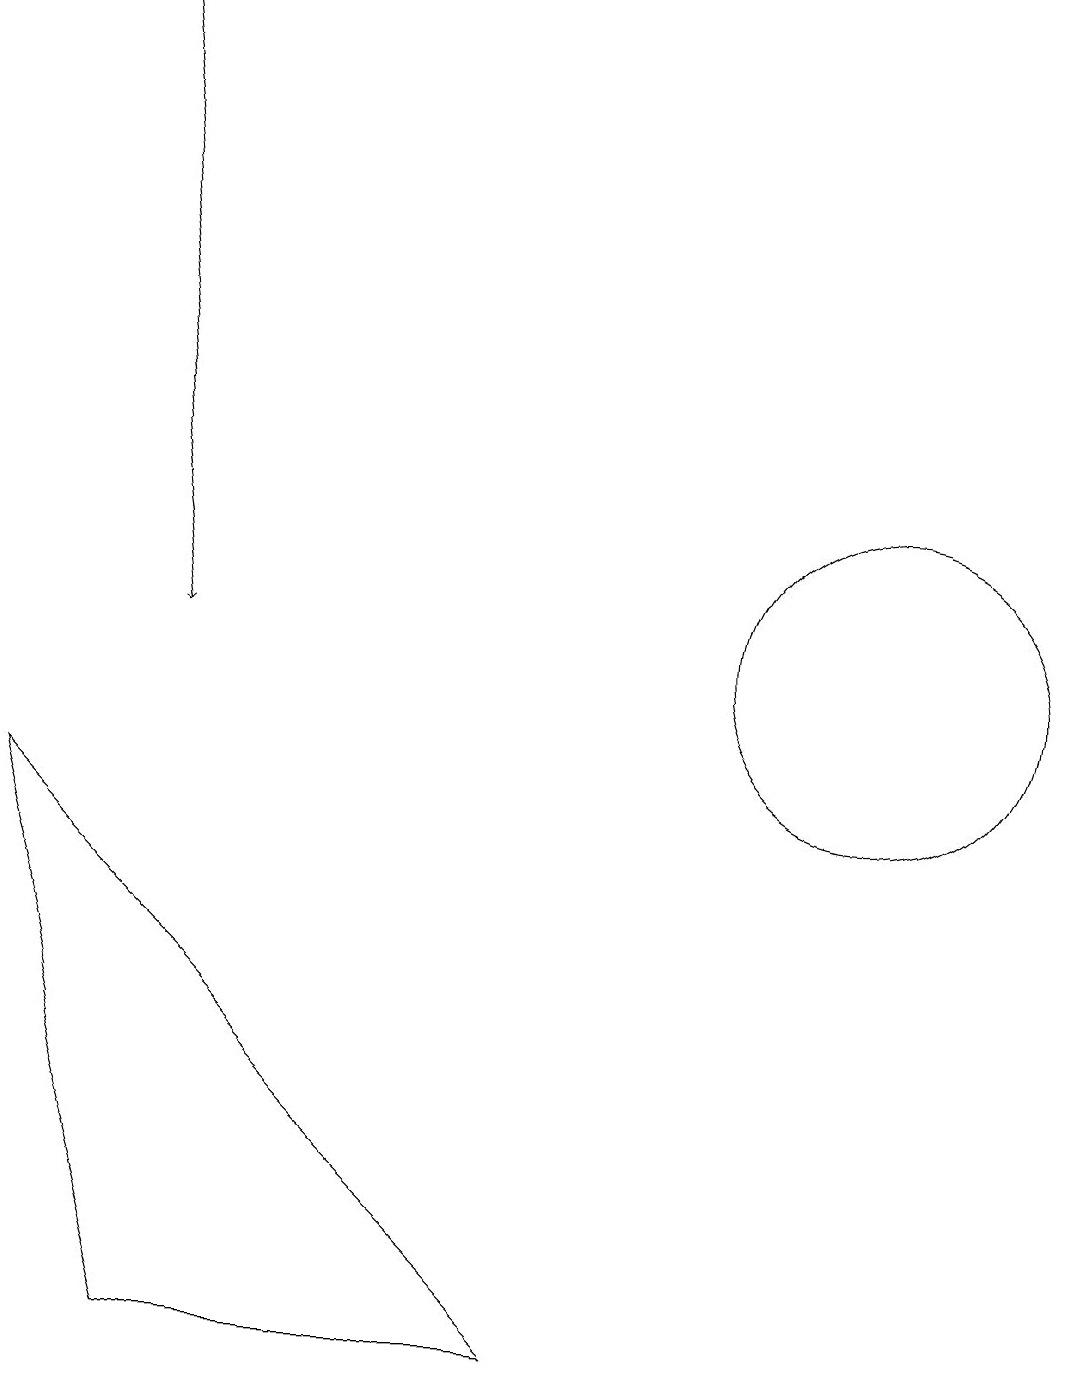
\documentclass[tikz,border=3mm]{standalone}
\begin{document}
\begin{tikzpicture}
\draw (11,10) circle (2);
\draw (2,1) -- (7,1) -- (0,8) -- cycle;
\draw[->] (1,18) -- (2,10);
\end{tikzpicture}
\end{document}